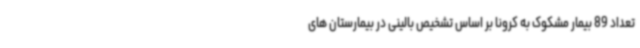
تعداد 89 بیمار مشکوک به کرونا بر اساس تشخیص بالینی در بیمارستان های